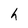
Character: h